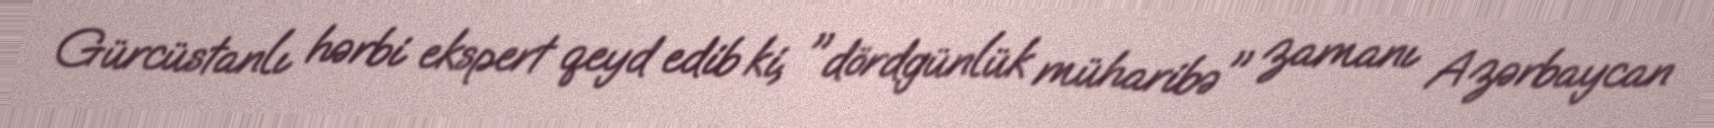
Gürcüstanlı hərbi ekspert qeyd edib ki, "dördgünlük müharibə" zamanı Azərbaycan